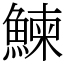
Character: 鰊